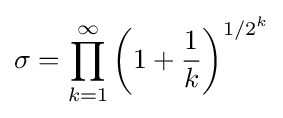
\sigma =\prod _{k=1}^{\infty }\left(1+{\frac {1}{k}}\right)^{1/2^{k}}